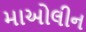
માઓલીન